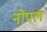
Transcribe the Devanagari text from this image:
नोपल